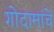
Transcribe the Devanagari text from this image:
गोदामांचे